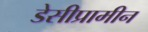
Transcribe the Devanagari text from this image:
डेसीप्रामीन